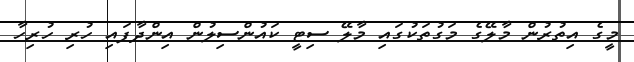
މީގެ އިތުރުން މާލޭގެ މަގުތަކުގައި މާލޭ ސިޓީ ކައުންސިލުން އިންދާފައި ހުރި ހުރިހާ